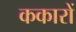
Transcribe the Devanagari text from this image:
ककारों